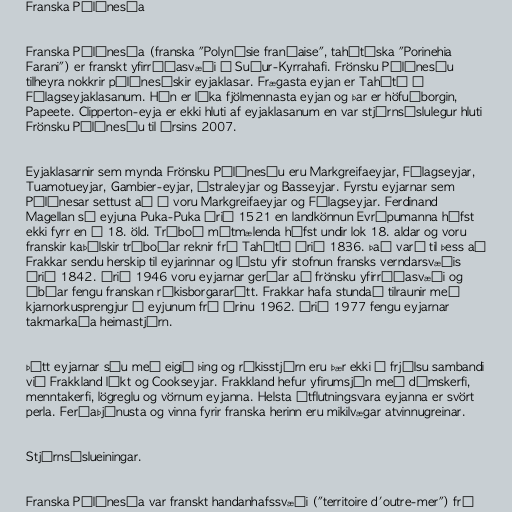
Franska Pólýnesía

Franska Pólýnesía (franska "Polynésie française", tahítíska "Porinehia
Farani") er franskt yfirráðasvæði í Suður-Kyrrahafi. Frönsku Pólýnesíu
tilheyra nokkrir pólýnesískir eyjaklasar. Frægasta eyjan er Tahítí í
Félagseyjaklasanum. Hún er líka fjölmennasta eyjan og þar er höfuðborgin,
Papeete. Clipperton-eyja er ekki hluti af eyjaklasanum en var stjórnsýslulegur hluti
Frönsku Pólýnesíu til ársins 2007.

Eyjaklasarnir sem mynda Frönsku Pólýnesíu eru Markgreifaeyjar, Félagseyjar,
Tuamotueyjar, Gambier-eyjar, Ástraleyjar og Basseyjar. Fyrstu eyjarnar sem
Pólýnesar settust að á voru Markgreifaeyjar og Félagseyjar. Ferdinand
Magellan sá eyjuna Puka-Puka árið 1521 en landkönnun Evrópumanna hófst
ekki fyrr en á 18. öld. Trúboð mótmælenda hófst undir lok 18. aldar og voru
franskir kaþólskir trúboðar reknir frá Tahítí árið 1836. Það varð til þess að
Frakkar sendu herskip til eyjarinnar og lýstu yfir stofnun fransks verndarsvæðis
árið 1842. Árið 1946 voru eyjarnar gerðar að frönsku yfirráðasvæði og
íbúar fengu franskan ríkisborgararétt. Frakkar hafa stundað tilraunir með
kjarnorkusprengjur á eyjunum frá árinu 1962. Árið 1977 fengu eyjarnar
takmarkaða heimastjórn.

Þótt eyjarnar séu með eigið þing og ríkisstjórn eru þær ekki í frjálsu sambandi
við Frakkland líkt og Cookseyjar. Frakkland hefur yfirumsjón með dómskerfi,
menntakerfi, lögreglu og vörnum eyjanna. Helsta útflutningsvara eyjanna er svört
perla. Ferðaþjónusta og vinna fyrir franska herinn eru mikilvægar atvinnugreinar.

Stjórnsýslueiningar.

Franska Pólýnesía var franskt handanhafssvæði ("territoire d'outre-mer") frá